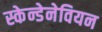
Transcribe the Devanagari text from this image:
स्केन्डेनेवियन